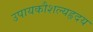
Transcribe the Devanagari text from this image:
उपायकौशल्यहृदय